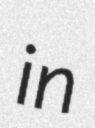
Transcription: in